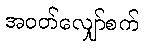
အဝတ်လျှော်စက်